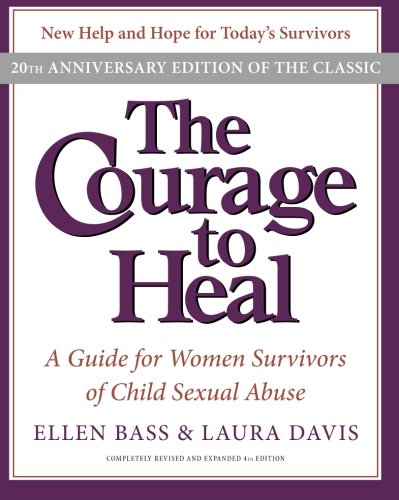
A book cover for The Courage to Heal: A Guide for Women Survivors of Child Sexual Abuse, 20th Anniversary Edition; Ellen Bass; Parenting & Relationships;